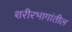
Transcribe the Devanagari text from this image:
शरीरभागांतील